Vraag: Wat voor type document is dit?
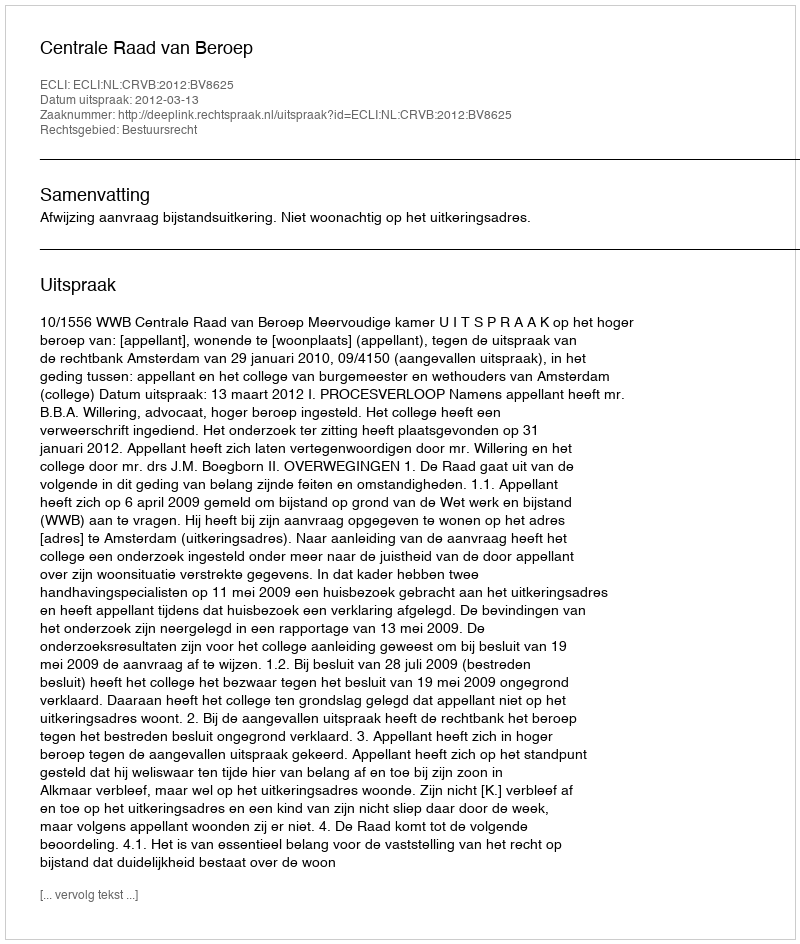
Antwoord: Uitspraak